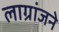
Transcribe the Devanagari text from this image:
लाग्रांजने